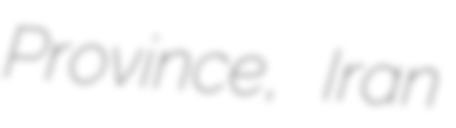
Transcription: Province, Iran